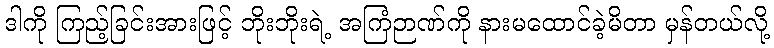
ဒါကို ကြည့်ခြင်းအားဖြင့် ဘိုးဘိုးရဲ့ အကြံဉာဏ်ကို နားမထောင်ခဲ့မိတာ မှန်တယ်လို့